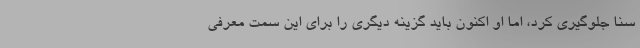
سنا جلوگیری کرد، اما او اکنون باید گزینه دیگری را برای این سمت معرفی